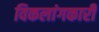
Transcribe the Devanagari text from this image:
विकलांगकारी